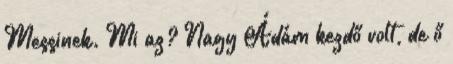
Messinek. Mi az? Nagy Ádám kezdő volt, de ő